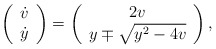
\begin{align*}\left(\begin{array}{c}\dot{v} \\\dot{y} \\\end{array}\right)=\left(\begin{array}{c}2v \\y\mp\sqrt{y^2-4v} \\\end{array}\right),\end{align*}